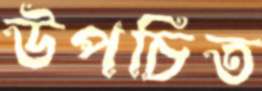
উপচিত